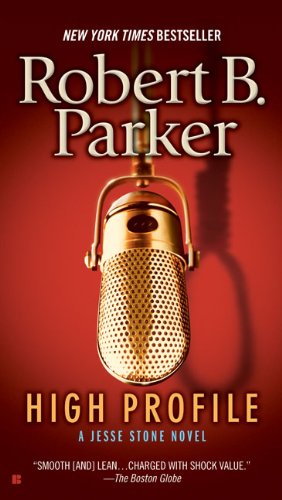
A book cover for High Profile (Jesse Stone); Robert B. Parker; Mystery, Thriller & Suspense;